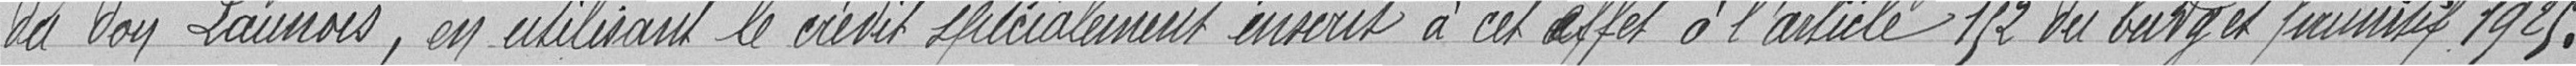
du don Launois, en utilisant le crédit spécialement investit à cet effet à l'article 152 du budget primitif 1925.